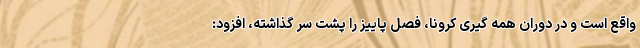
واقع است و در دوران همه گیری کرونا، فصل پاییز را پشت سر گذاشته، افزود: